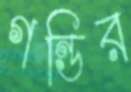
গন্ডির